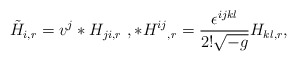
\begin{align*}{\tilde H}_{i , r} = v^{j} *H_{j i , r} \ , {*H^{i j}}_{, r} = \frac{\epsilon^{i j k l}}{2! \sqrt{-g}} H_{k l , r} ,\end{align*}